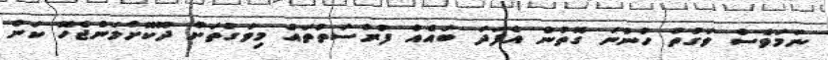
ނަމަވެސް ވަގުތު ހުންނަ ގޮތުން އެފަަދަ ބައެއް ފުރުސަތުތައް މިވަގުތަށް ދޫކޮށްލަންޖެހޭ ކަން